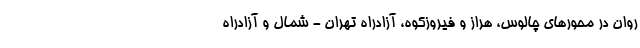
روان در محورهای چالوس، هراز و فیروزکوه، آزادراه تهران - شمال و آزادراه